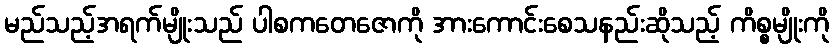
မည်သည့်အရက်မျိုးသည် ပါစကတေဇောကို အားကောင်းစေသနည်းဆိုသည့် ကိစ္စမျိုးကို